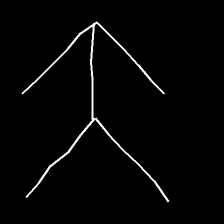
Glyph: gather